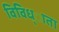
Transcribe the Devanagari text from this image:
विविध्ाता